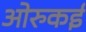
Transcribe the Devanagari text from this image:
ओरुकई